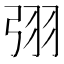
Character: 𭚰